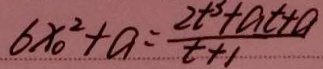
6 x _ { 0 } ^ { 2 } + a = \frac { 2 t ^ { 3 } + a t + a } { t + 1 }